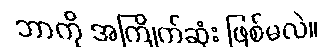
ဘာကို အကြိုက်ဆုံး ဖြစ်မလဲ။